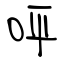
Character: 呯